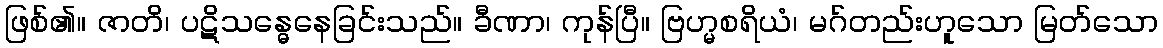
ဖြစ်၏။ ဇာတိ၊ ပဋိသန္ဓေနေခြင်းသည်။ ခီဏာ၊ ကုန်ပြီ။ ဗြဟ္မစရိယံ၊ မဂ်တည်းဟူသော မြတ်သော